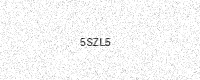
Text: 5SZL5